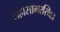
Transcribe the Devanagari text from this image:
महासागरस्थित